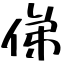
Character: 俤